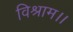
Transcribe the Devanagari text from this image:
विश्राम।।